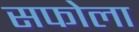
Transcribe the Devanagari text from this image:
सफोला